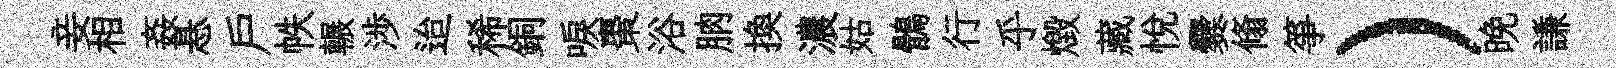
妾相姦悬戸帙輾渉迨稀銅唳棗浴朒换濃姑鶻行乎燬藏悦爨翛箏）晩謙